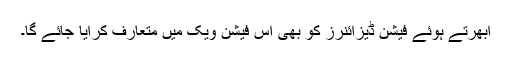
ابھرتے ہوئے فیشن ڈیزائنرز کو بھی اس فیشن ویک میں متعارف کرایا جائے گا۔